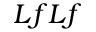
L f L f